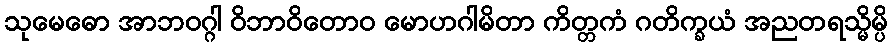
သုမေဓော အာဘဝဂ္ဂါ ဝိဘာဝိတောဝ မောဟဂါမိတာ ကိတ္တကံ ဂတိက္ခယံ အညတရသ္မိမ္ပိ